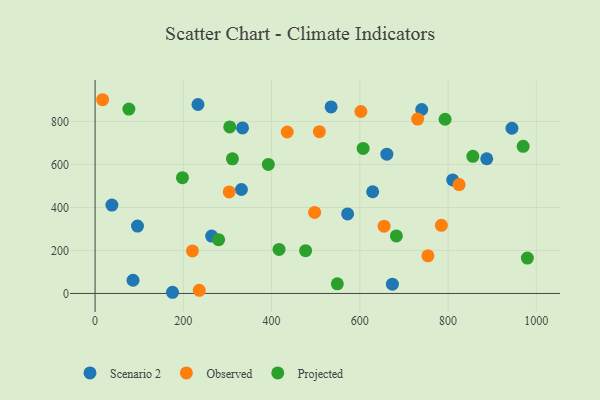
{"axis": {"x": "Ad Spend", "y": "Exam Score"}, "legend": ["Observed", "Projected", "Scenario 2"], "data": [{"x": "661.2", "y": 647.9, "type": "Scenario 2"}, {"x": "887.6", "y": 626.7, "type": "Scenario 2"}, {"x": "629.1", "y": 473.2, "type": "Scenario 2"}, {"x": "38.1", "y": 411.0, "type": "Scenario 2"}, {"x": "96.1", "y": 313.4, "type": "Scenario 2"}, {"x": "572.3", "y": 370.1, "type": "Scenario 2"}, {"x": "331.7", "y": 483.7, "type": "Scenario 2"}, {"x": "740.3", "y": 855.8, "type": "Scenario 2"}, {"x": "334.1", "y": 770.0, "type": "Scenario 2"}, {"x": "534.9", "y": 867.8, "type": "Scenario 2"}, {"x": "810.4", "y": 528.0, "type": "Scenario 2"}, {"x": "944.7", "y": 768.5, "type": "Scenario 2"}, {"x": "175.5", "y": 5.4, "type": "Scenario 2"}, {"x": "233.2", "y": 879.0, "type": "Scenario 2"}, {"x": "86.0", "y": 61.4, "type": "Scenario 2"}, {"x": "264.2", "y": 266.7, "type": "Scenario 2"}, {"x": "673.8", "y": 43.0, "type": "Scenario 2"}, {"x": "220.7", "y": 197.9, "type": "Observed"}, {"x": "304.0", "y": 472.4, "type": "Observed"}, {"x": "17.1", "y": 901.3, "type": "Observed"}, {"x": "754.3", "y": 174.9, "type": "Observed"}, {"x": "236.1", "y": 14.3, "type": "Observed"}, {"x": "602.4", "y": 846.5, "type": "Observed"}, {"x": "497.6", "y": 376.8, "type": "Observed"}, {"x": "784.8", "y": 316.7, "type": "Observed"}, {"x": "655.0", "y": 312.8, "type": "Observed"}, {"x": "508.3", "y": 752.8, "type": "Observed"}, {"x": "825.0", "y": 506.3, "type": "Observed"}, {"x": "435.5", "y": 751.1, "type": "Observed"}, {"x": "731.0", "y": 811.3, "type": "Observed"}, {"x": "549.0", "y": 44.8, "type": "Projected"}, {"x": "682.8", "y": 267.8, "type": "Projected"}, {"x": "793.2", "y": 810.4, "type": "Projected"}, {"x": "970.1", "y": 684.4, "type": "Projected"}, {"x": "311.3", "y": 626.5, "type": "Projected"}, {"x": "76.6", "y": 857.7, "type": "Projected"}, {"x": "198.0", "y": 538.8, "type": "Projected"}, {"x": "856.1", "y": 637.9, "type": "Projected"}, {"x": "416.9", "y": 204.7, "type": "Projected"}, {"x": "305.2", "y": 774.9, "type": "Projected"}, {"x": "979.7", "y": 164.6, "type": "Projected"}, {"x": "607.5", "y": 674.9, "type": "Projected"}, {"x": "392.6", "y": 600.2, "type": "Projected"}, {"x": "477.1", "y": 198.9, "type": "Projected"}, {"x": "280.0", "y": 250.2, "type": "Projected"}]}